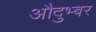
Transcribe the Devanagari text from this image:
औदुभ्बर